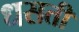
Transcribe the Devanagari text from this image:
धसती